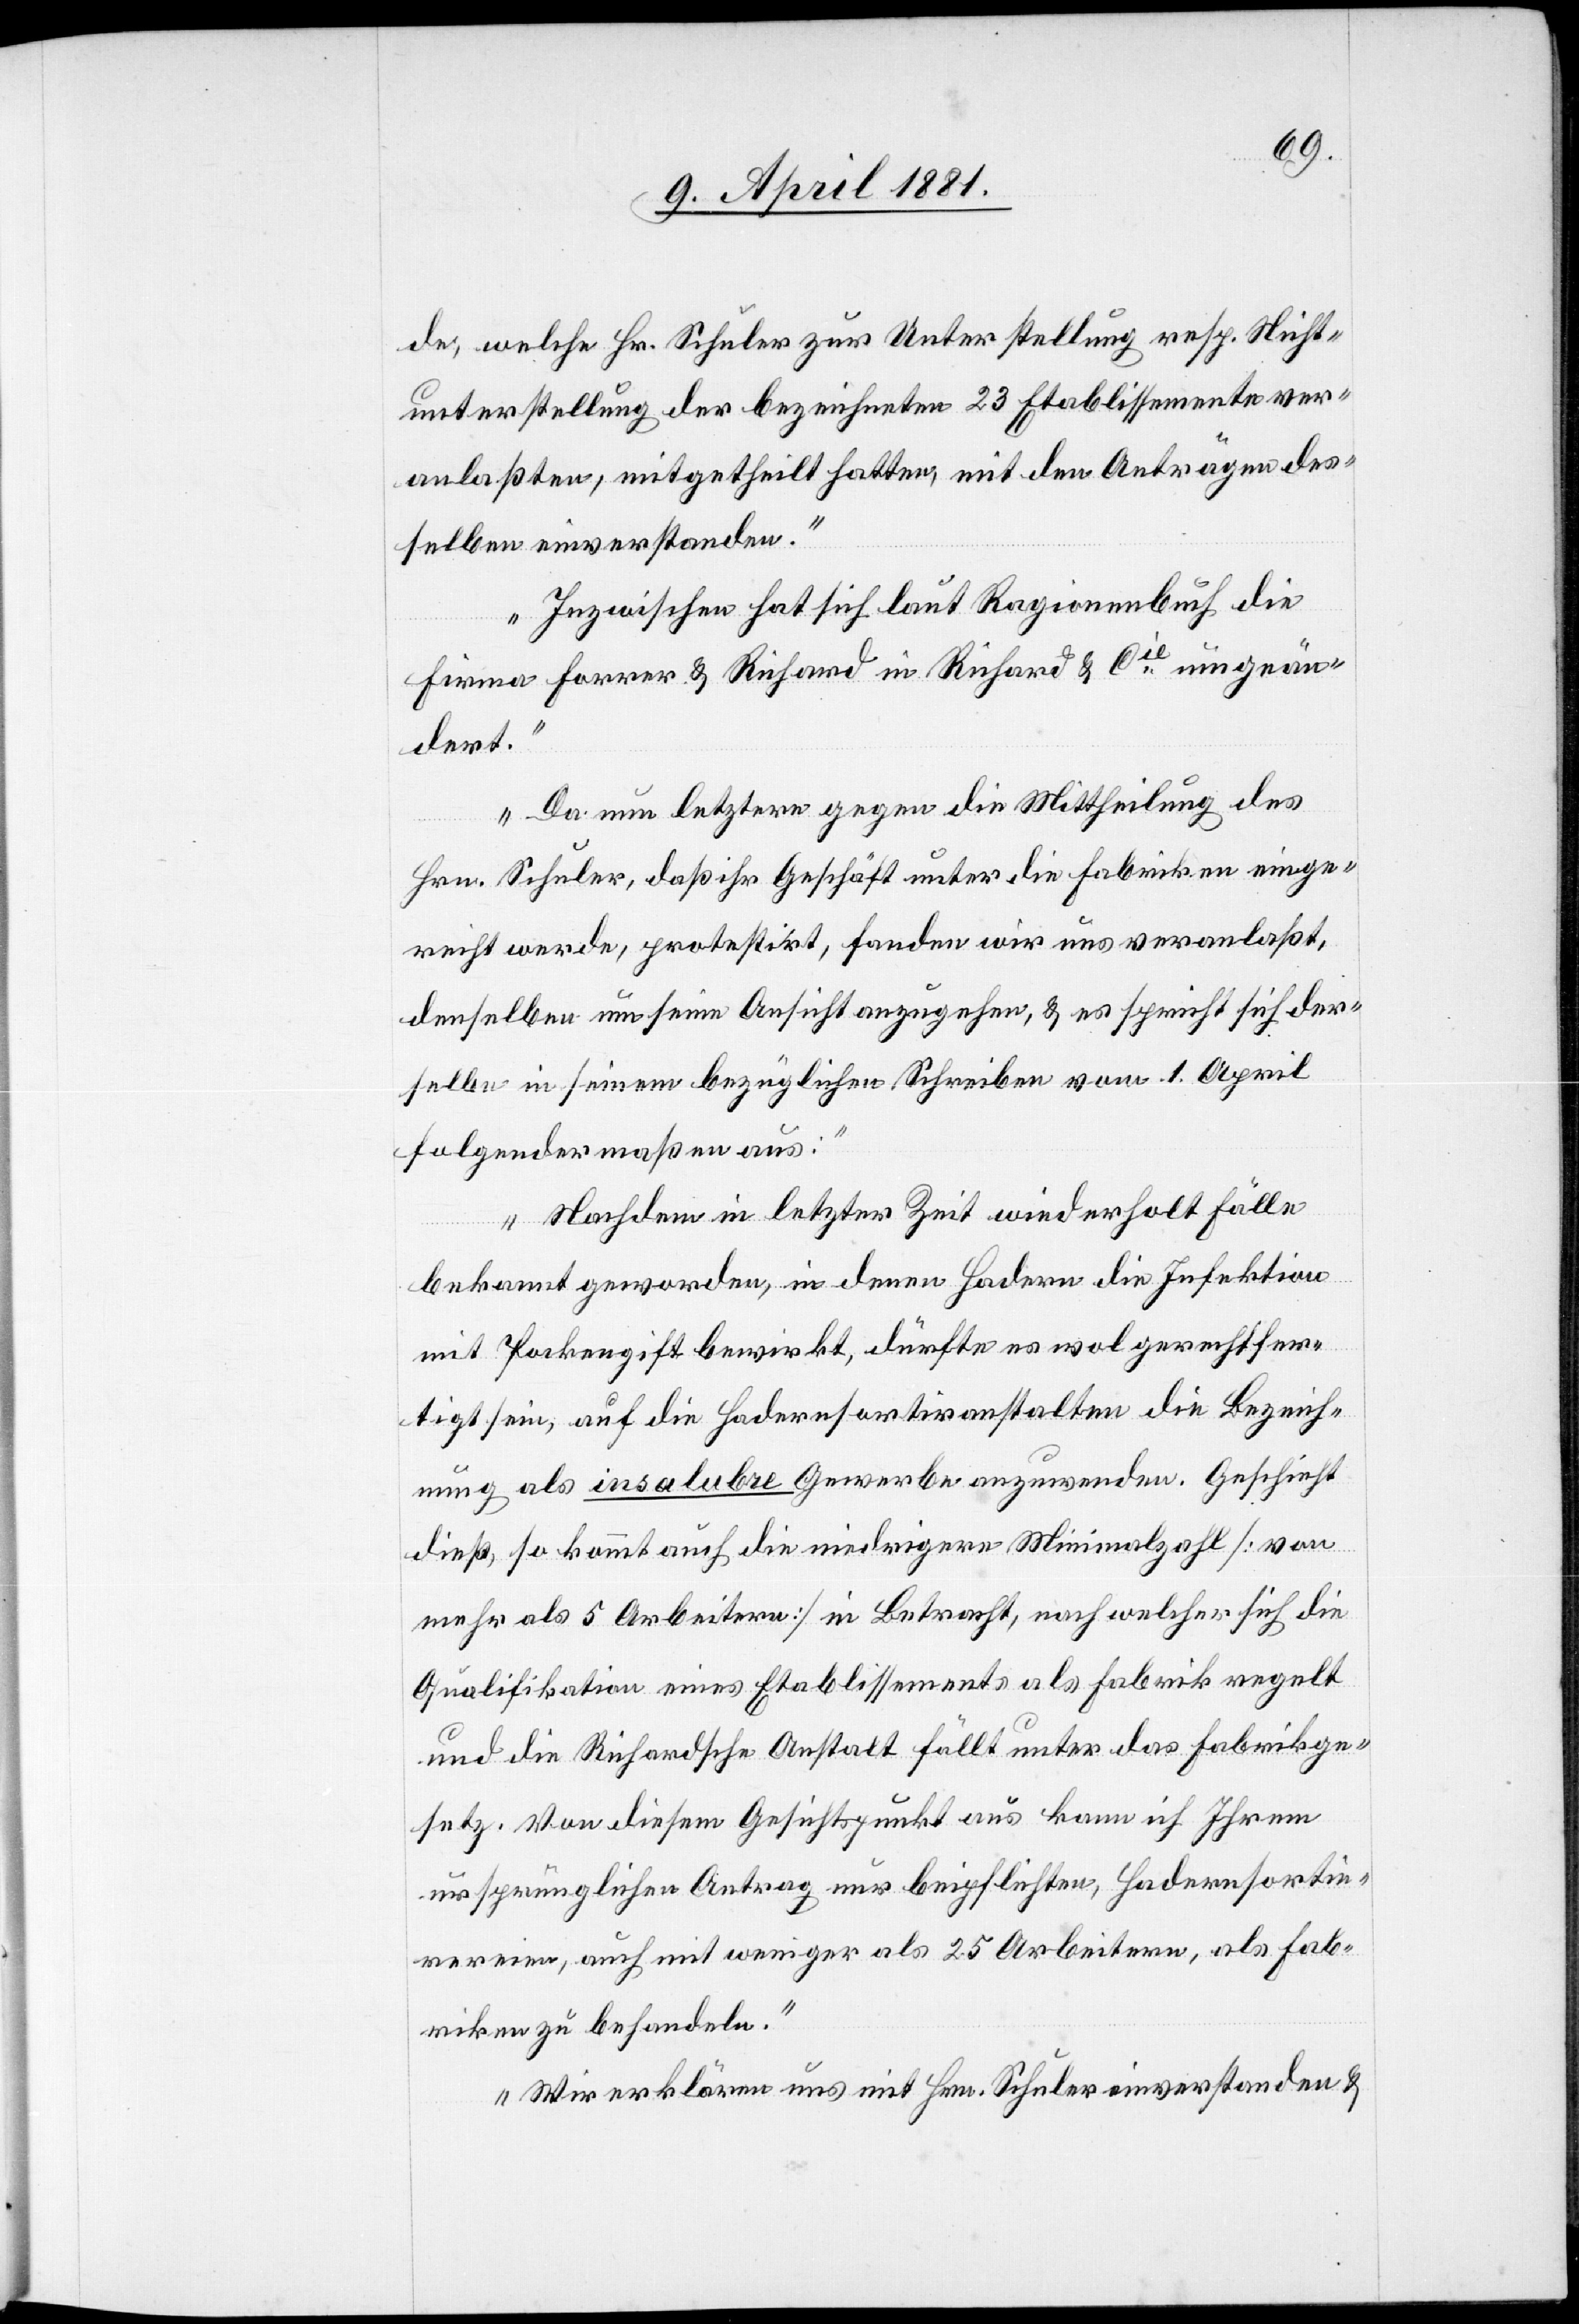
de, welche Hr. Schuler zur Unterstellung resp. Nicht¬
unterstellung der bezeichneten 23 Etablissemente ver¬
anlaßten, mitgetheilt hatten, mit den Anträgen des¬
selben einverstanden.
Inzwischen hat sich laut Ragionenbuch die
Firma Forrer & Richard in Richard & Cie umgeän¬
dert.
Da nun letztere gegen die Mittheilung des
Hrn. Schuler, daß ihr Geschäft unter die Fabriken einge¬
reiht werde, protestirt, fanden wir uns veranlaßt,
denselben um seine Ansicht anzugehen, & es spricht sich der¬
selbe in seinem bezüglichen Schreiben vom 1. April
folgendermaßen aus:
„Nachdem in letzter Zeit wiederholt Fälle
bekannt geworden, in denen Hadern die Infektion
mit Pockengift bewirkt, dürfte es wol gerechtfer¬
tigt sein, auf die Hadernsortirungsanstalten die Bezeich¬
nung als insalubre Gewerbe anzuwenden. Geschieht
dieß, so kommt auch die niedrigere Minimalzahl [von
mehr als 5 Arbeitern] in Betracht, nach welcher sich die
Qualifikation eines Etablissements als Fabrik regelt
und die Richardsche Anstalt fällt unter das Fabrikge¬
setz. Von diesem Gesichtspunkt aus kann ich Ihrem
ursprünglichen Antrag nur beipflichten, Hadornsorti¬
rereien, auch mit weniger als 25 Arbeitern, als Fab¬
riken zu behandeln.
Wir erklären uns mit Hrn. Schuler einverstanden &